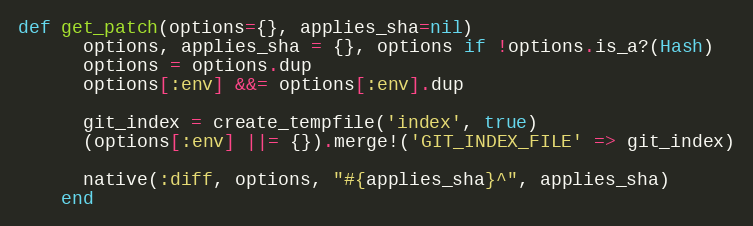
Language: Ruby
def get_patch(options={}, applies_sha=nil)
      options, applies_sha = {}, options if !options.is_a?(Hash)
      options = options.dup
      options[:env] &&= options[:env].dup

      git_index = create_tempfile('index', true)
      (options[:env] ||= {}).merge!('GIT_INDEX_FILE' => git_index)

      native(:diff, options, "#{applies_sha}^", applies_sha)
    end